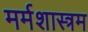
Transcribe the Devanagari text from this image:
मर्मशास्त्रम